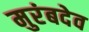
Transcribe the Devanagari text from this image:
मुरंबदेव